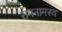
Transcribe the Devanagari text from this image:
रामनामस्थ